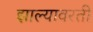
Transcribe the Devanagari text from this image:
झाल्यावरती